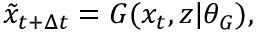
\tilde { x } _ { t + \Delta t } = G ( x _ { t } , z | \theta _ { G } ) ,